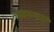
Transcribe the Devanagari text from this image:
स्वरुपातुन